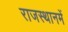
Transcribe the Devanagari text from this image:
राजस्थानमें